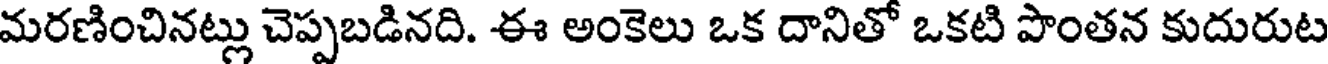
మరణించినట్లు చెప్పబడినది. ఈ అంకెలు ఒక దానితో ఒకటి పొంతన కుదురుట